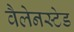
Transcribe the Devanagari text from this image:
वैलेनस्टेड